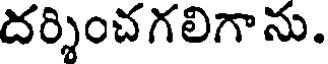
దర్శించగలిగాను.